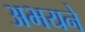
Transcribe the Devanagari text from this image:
अभयने